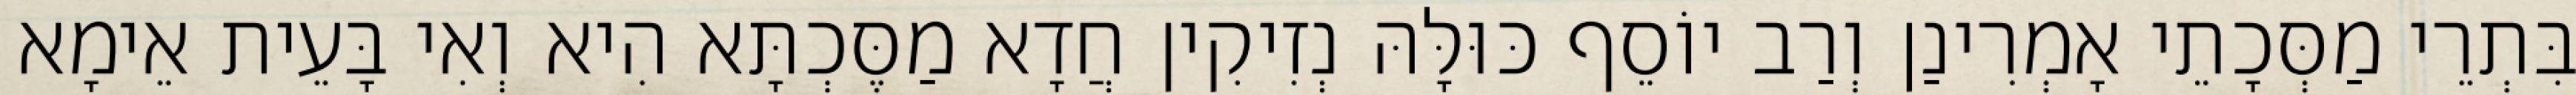
בִּתְרֵי מַסְּכָתֵי אָמְרִינַן וְרַב יוֹסֵף כּוּלָּהּ נְזִיקִין חֲדָא מַסֶּכְתָּא הִיא וְאִי בָּעֵית אֵימָא